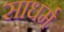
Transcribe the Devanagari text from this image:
साधर्म